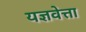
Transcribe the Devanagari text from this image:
यज्ञवेत्ता